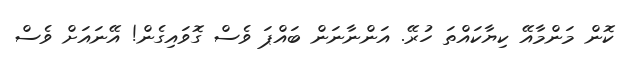
ކޮން މަންމާއޭ ކިޔާކައްތަ ހުރޭ. އަންނާނަން ބައްޕަ ވެސް ގޮވައިގެން! އޭނައަށް ވެސް